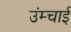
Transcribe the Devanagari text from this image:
उंम्चाई